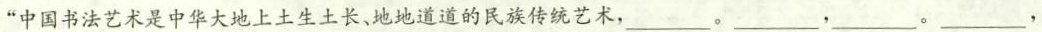
”中国书法艺术是中华大地上土生土长，地地道道的民族传统艺术，___。___，___。___，